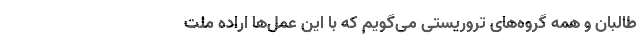
طالبان و همه گروه‌های تروریستی می‌گویم که با این عمل‌ها اراده ملت